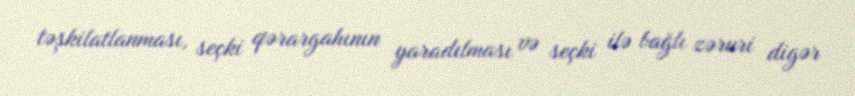
təşkilatlanması, seçki qərargahının yaradılması və seçki ilə bağlı zəruri digər